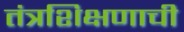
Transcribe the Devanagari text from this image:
तंत्रशिक्षणाची